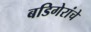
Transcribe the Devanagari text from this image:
बडिगेरांचे